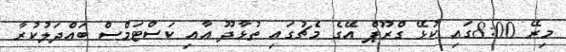
މިރޭ 8:00ގައި ކުޅޭ ގްރޫޕް އޭގެ މެޗުގައި ތުޅާދޫ އާއި ކަސްޓަމްސް ބައްދަލުކުރާ